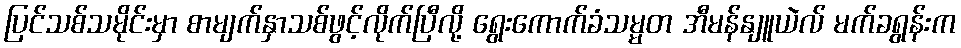
ပြင်သစ်သမိုင်းမှာ စာမျက်နှာသစ်ဖွင့်လိုက်ပြီလို့ ရွေးကောက်ခံသမ္မတ အီမန်နျူယဲလ် မက်ခရွန်းက